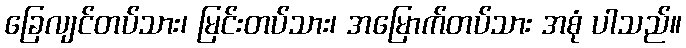
ခြေလျင်တပ်သား၊ မြင်းတပ်သား၊ အမြောက်တပ်သား အစုံ ပါသည်။